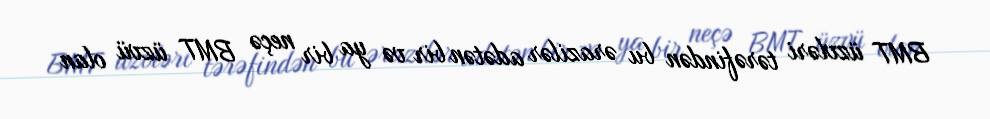
BMT üzvləri tərəfindən bu ərazilər adətən bir və ya bir neçə BMT üzvü olan